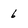
Character: 6